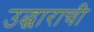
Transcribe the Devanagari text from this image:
उद्धाराची